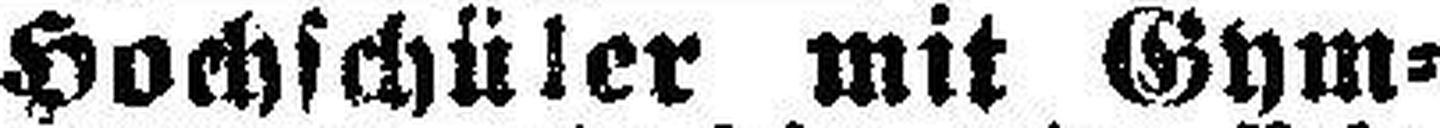
Hochschüler mit Gym¬